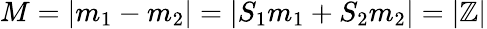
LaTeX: M=|m_{1}-m_{2}|=|S_{1}m_{1}+S_{2}m_{2}|=|\mathbb{Z}|